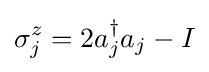
\sigma _{j}^{z}=2a_{j}^{\dagger }a_{j}-I